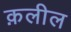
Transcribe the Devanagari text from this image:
क़लील